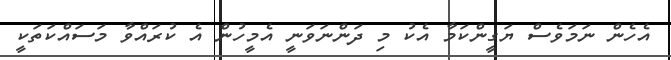
އެހެން ނަމަވެސް ޔަގީންކަމާ އެކު މި ދަންނަވަނީ އެމީހުން އެ ކުރައްވާ މަސައްކަތަކީ